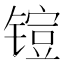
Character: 𮸜